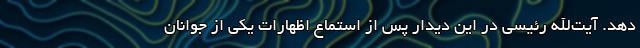
دهد. آیت‌الله رئیسی در این دیدار پس از استماع اظهارات یکی از جوانان